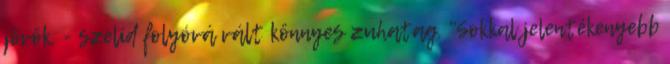
jövök. - szelíd folyóvá vált könnyes zuhatag. "Sokkal jelentékenyebb